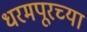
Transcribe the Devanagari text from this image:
धरमपूरच्या